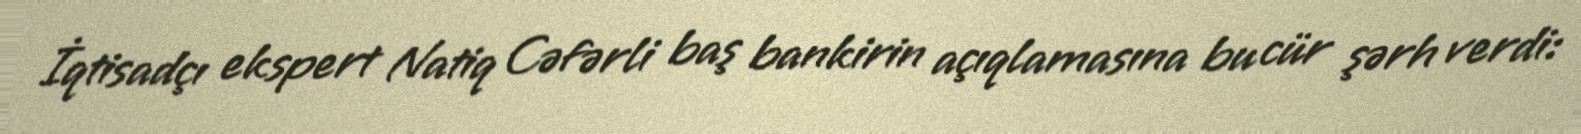
İqtisadçı ekspert Natiq Cəfərli baş bankirin açıqlamasına bu cür şərh verdi: